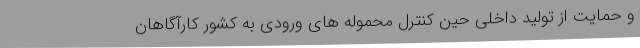
و حمایت از تولید داخلی حین کنترل محموله های ورودی به کشور کارآگاهان